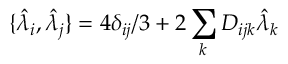
\{ \hat { \lambda } _ { i } , \hat { \lambda } _ { j } \} = 4 \delta _ { i j } / 3 + 2 \sum _ { k } D _ { i j k } \hat { \lambda } _ { k }